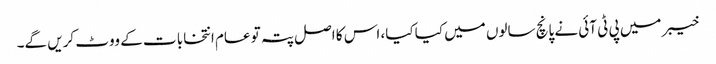
خیبر میں پی ٹی آئی نے پانچ سالوں میں کیا کیا، اس کا اصل پتہ تو عام انتخابا ت کے ووٹ کریں گے۔